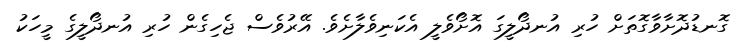
ގޮނޑުދޮށާވާގޮތަށް ހުރި އުނދޯލީގަ އޮށޯވެލީ އެކަނިވެލާށެވެ. އޭރުވެސް ޖެހިގެން ހުރި އުނދޯލީގެ މީހަކު